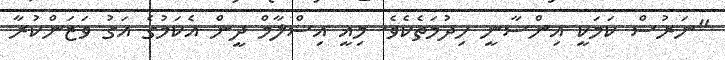
"ނަރުސް ކަމަކީ އިންސާނީ ޚިދުމަތެކެވެ. މިއީ އިސްލާމް ދީން އެކަމުގެ އަގު ވަޒަންކުރާ